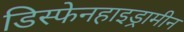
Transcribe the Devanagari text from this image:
डिस्फेनहाइड्रामीन